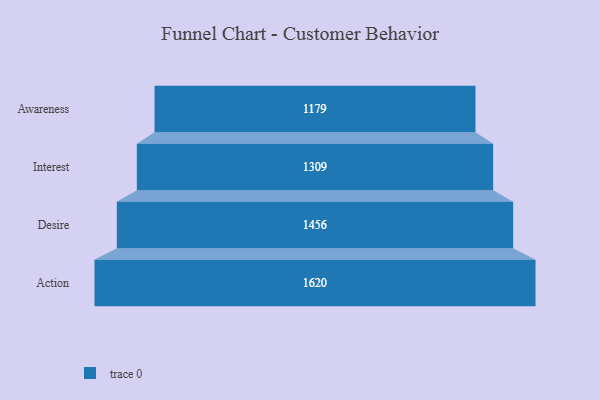
{"axis": {"x": "Stage", "y": "Value"}, "legend": [""], "data": [{"x": "Awareness", "y": 1179.0, "type": ""}, {"x": "Interest", "y": 1309.0, "type": ""}, {"x": "Desire", "y": 1456.0, "type": ""}, {"x": "Action", "y": 1620.0, "type": ""}]}